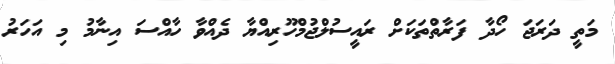
މަތީ ދަރަޖަ ހޯދާ ފަރާތްތަކަށް ރައީސުލްޖުމްހޫރިއްޔާ ދެއްވާ ހާއްސަ އިނާމު މި އަހަރު